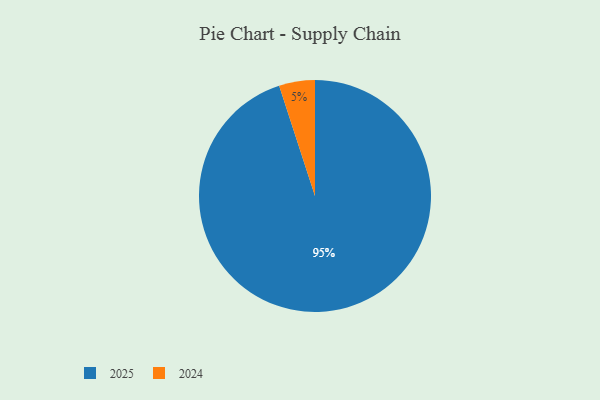
{"axis": {"x": "Category", "y": "Percentage"}, "legend": ["2024", "2025"], "data": [{"x": "2024", "y": 5, "type": "2024"}, {"x": "2025", "y": 95, "type": "2025"}]}